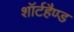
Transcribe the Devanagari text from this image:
शॉर्टहैण्ड